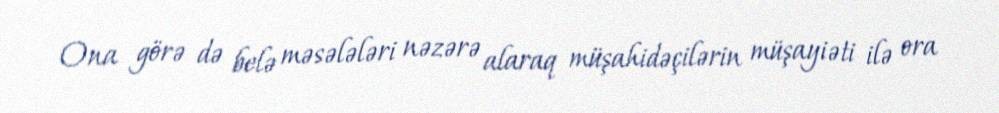
Ona görə də belə məsələləri nəzərə alaraq müşahidəçilərin müşayiəti ilə ora